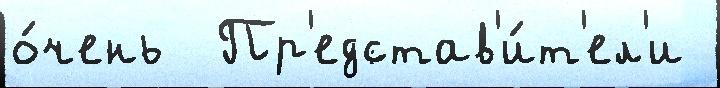
о́чень  Пр'едстав'и́т'ел'и